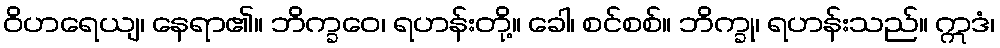
ဝိဟရေယျ၊ နေရာ၏။ ဘိက္ခဝေ၊ ရဟန်းတို့။ ခေါ၊ စင်စစ်။ ဘိက္ခု၊ ရဟန်းသည်။ ဣဒံ၊